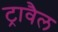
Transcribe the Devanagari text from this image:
ट्रावैल